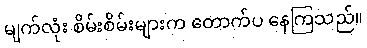
မျက်လုံး စိမ်းစိမ်းများက တောက်ပ နေကြသည်။